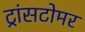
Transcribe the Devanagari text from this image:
ट्रांसटोमर